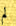
لم